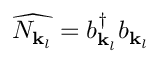
{ \widehat { N _ { { \mathbf { k } } _ { l } } } } = b _ { { \mathbf { k } } _ { l } } ^ { \dagger } b _ { { \mathbf { k } } _ { l } }